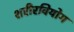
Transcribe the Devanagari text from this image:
शरीरवियोग